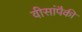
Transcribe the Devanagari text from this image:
वीसांपैकी